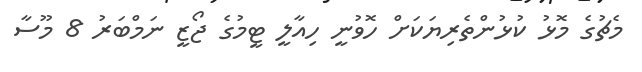
މެޗުގެ މޮޅު ކުޅުންތެރިޔަކަށް ހޮވުނީ ހިއާލީ ޓީމުގެ ޖޯޒީ ނަމްބަރު 8 މޫސާ